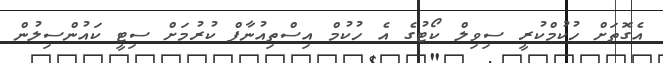
އެގޮތަށް ހުކުމްކުރީ ސިވިލް ކޯޓުގެ އެ ހުކުމް އިސްތިއުނާފް ކުރުމަށް ސިޓީ ކައުންސިލުން